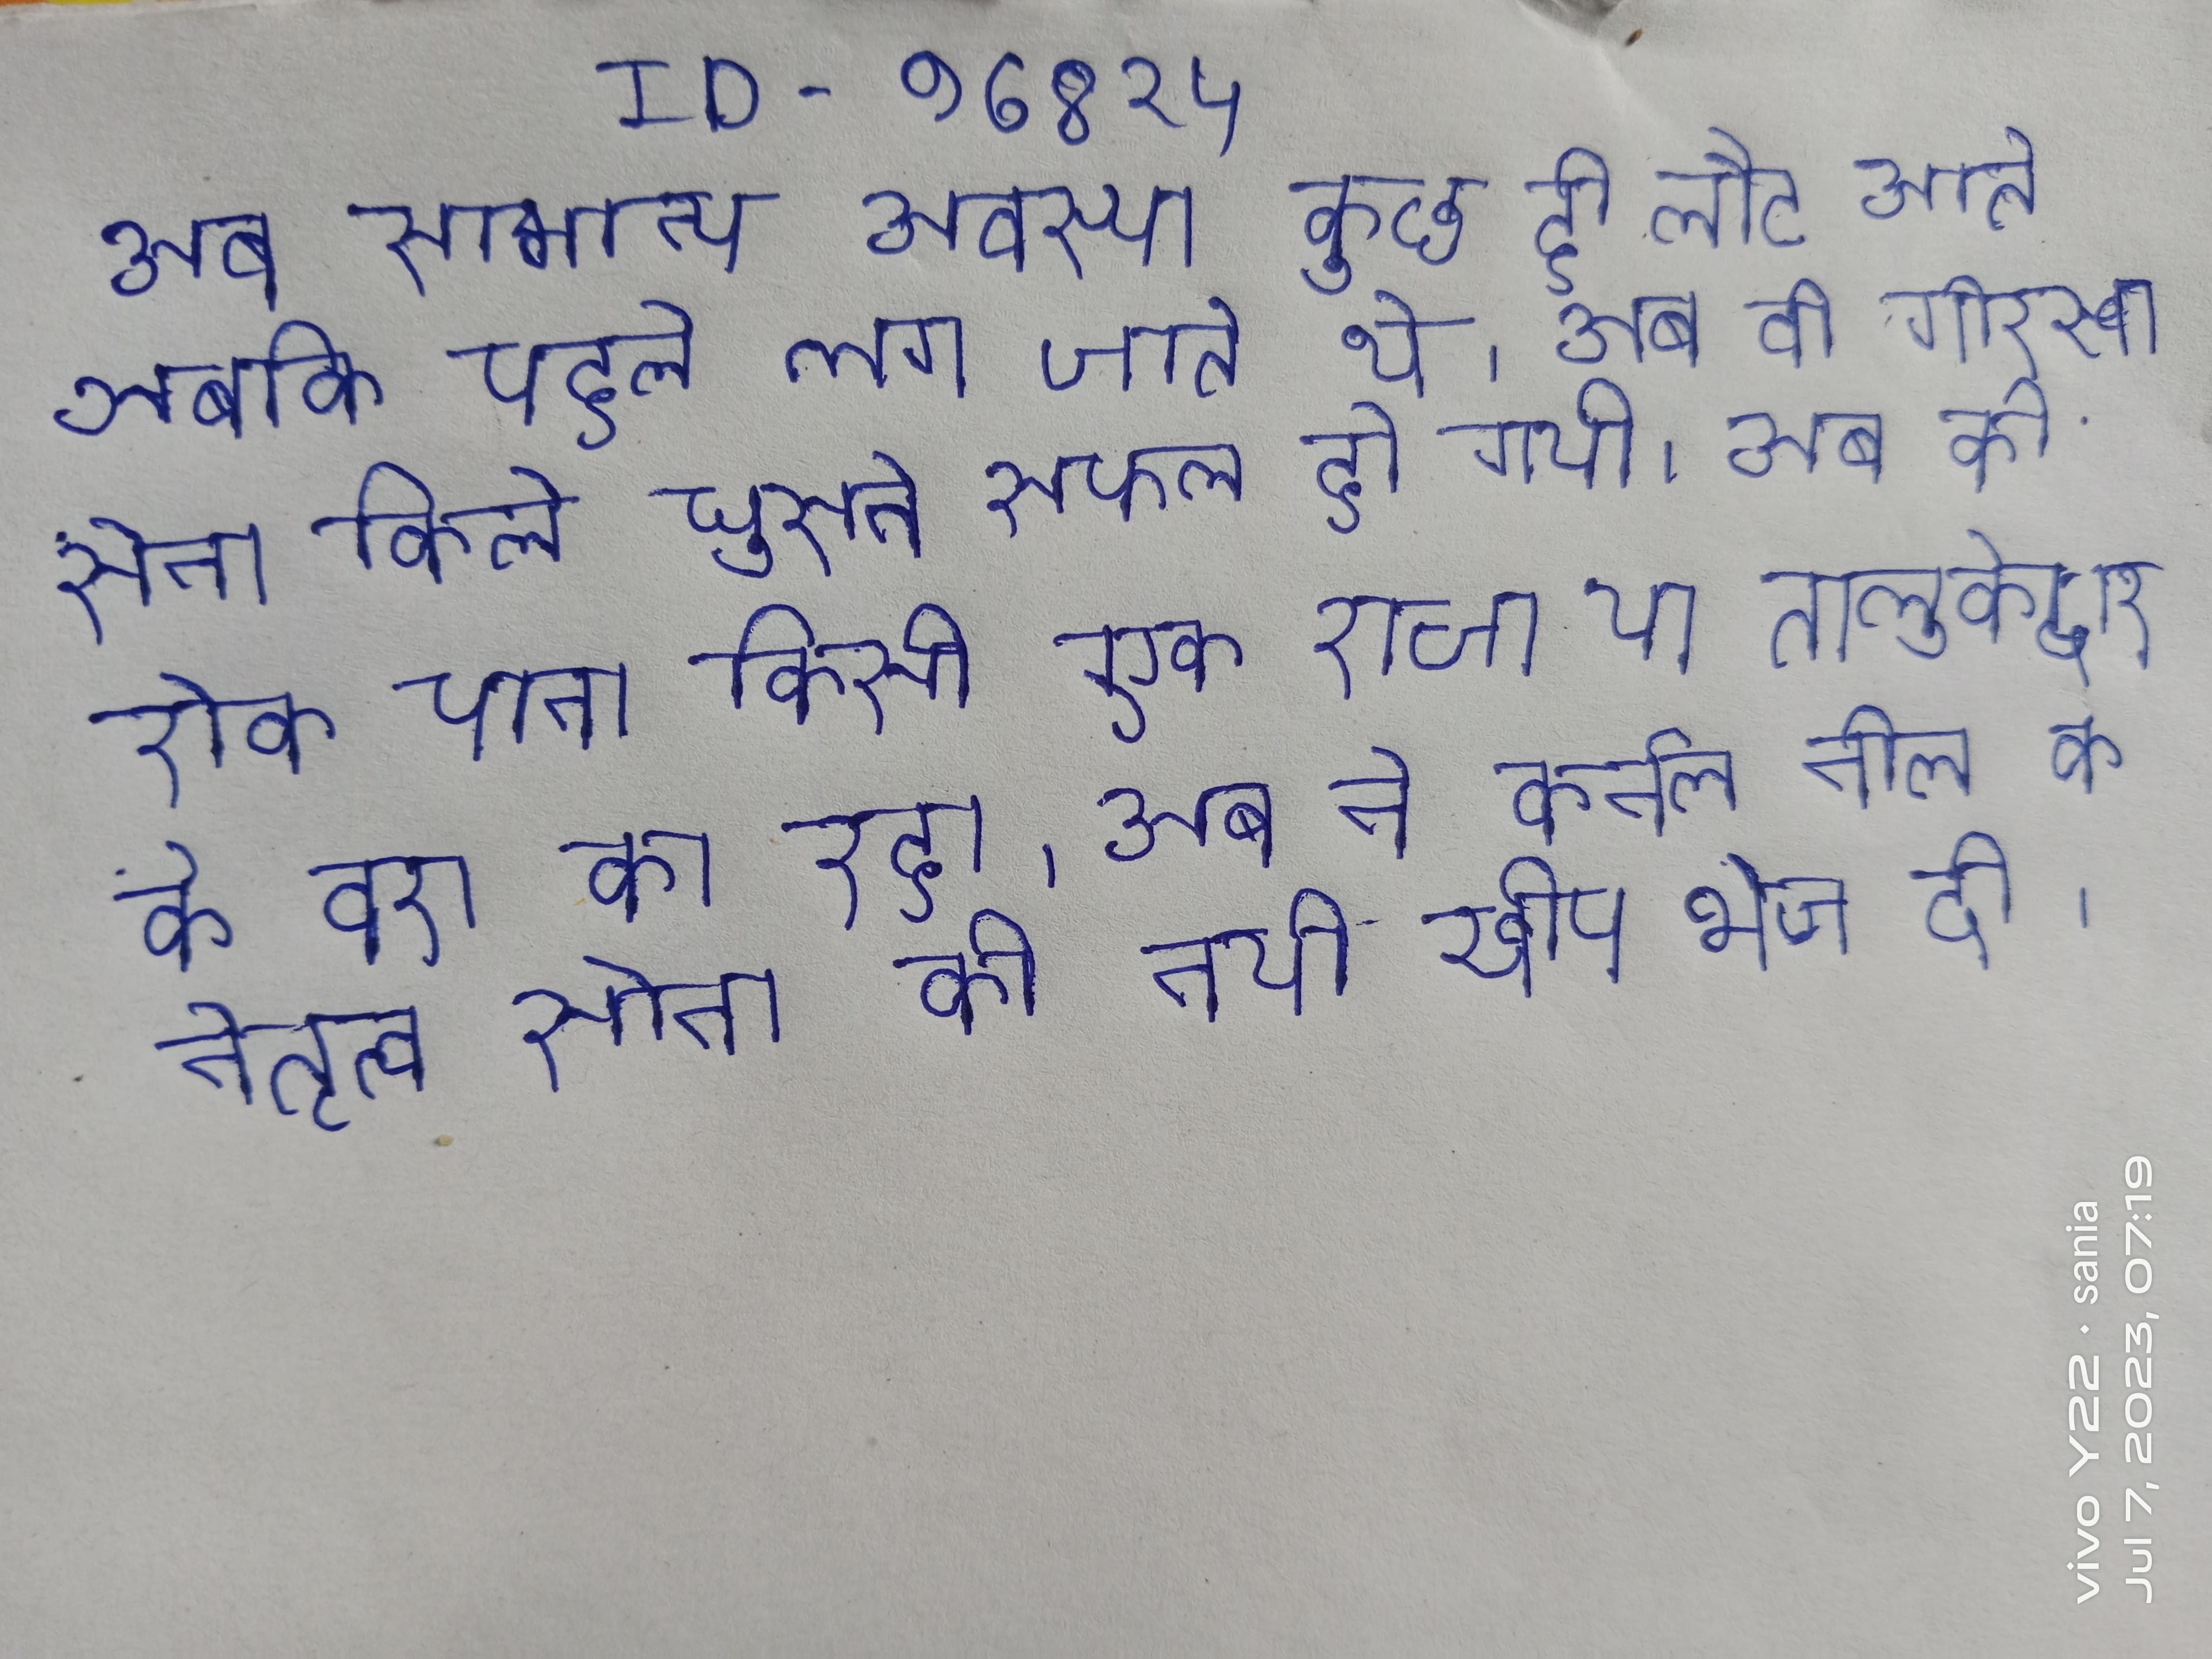
अब सामान्य अवस्था कुछ ही लौट आते जबकि पहले लग जाते थे । अब की गोरखा सेना किले घुसने सफल हो गयी । अब को रोक पाना किसी एक राजा या तालुकेदार के वश का रहा । अब ने कर्नल नील के नेतृत्व सेना की नयी खेप भेज दी ।